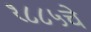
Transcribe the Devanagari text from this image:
१८८५चे